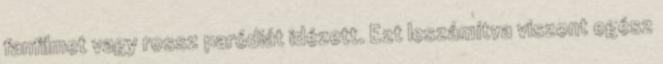
fanfilmet vagy rossz paródiát idézett. Ezt leszámítva viszont egész